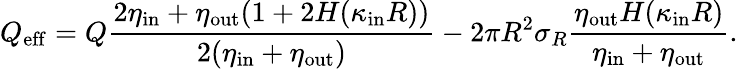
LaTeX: Q_{\mathrm{eff}}=Q\frac{2\eta_{\mathrm{in}}+\eta_{\mathrm{out}}(1+2H(\kappa_{\mathrm{in}}R))}{2(\eta_{\mathrm{in}}+\eta_{\mathrm{out}})}-2\pi R^{2}\sigma_{R}\frac{\eta_{\mathrm{out}}H(\kappa_{\mathrm{in}}R)}{\eta_{\mathrm{in}}+\eta_{\mathrm{out}}}.